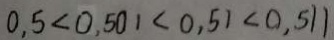
0 . 5 < 0 . 5 0 1 < 0 . 5 1 < 0 . 5 1 1